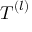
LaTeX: { \boldsymbol { T } } ^ { ( l ) }